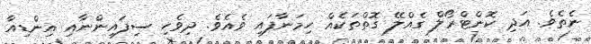
ނެތެވެ. އަދި ކޮންޓްރޯލް ގެއްލޭ ގޮތްތަކެއް ހިމަނާފައި ވެއެވެ. ދިވެހި ސިފައިންނާއި އިންޑިއާ